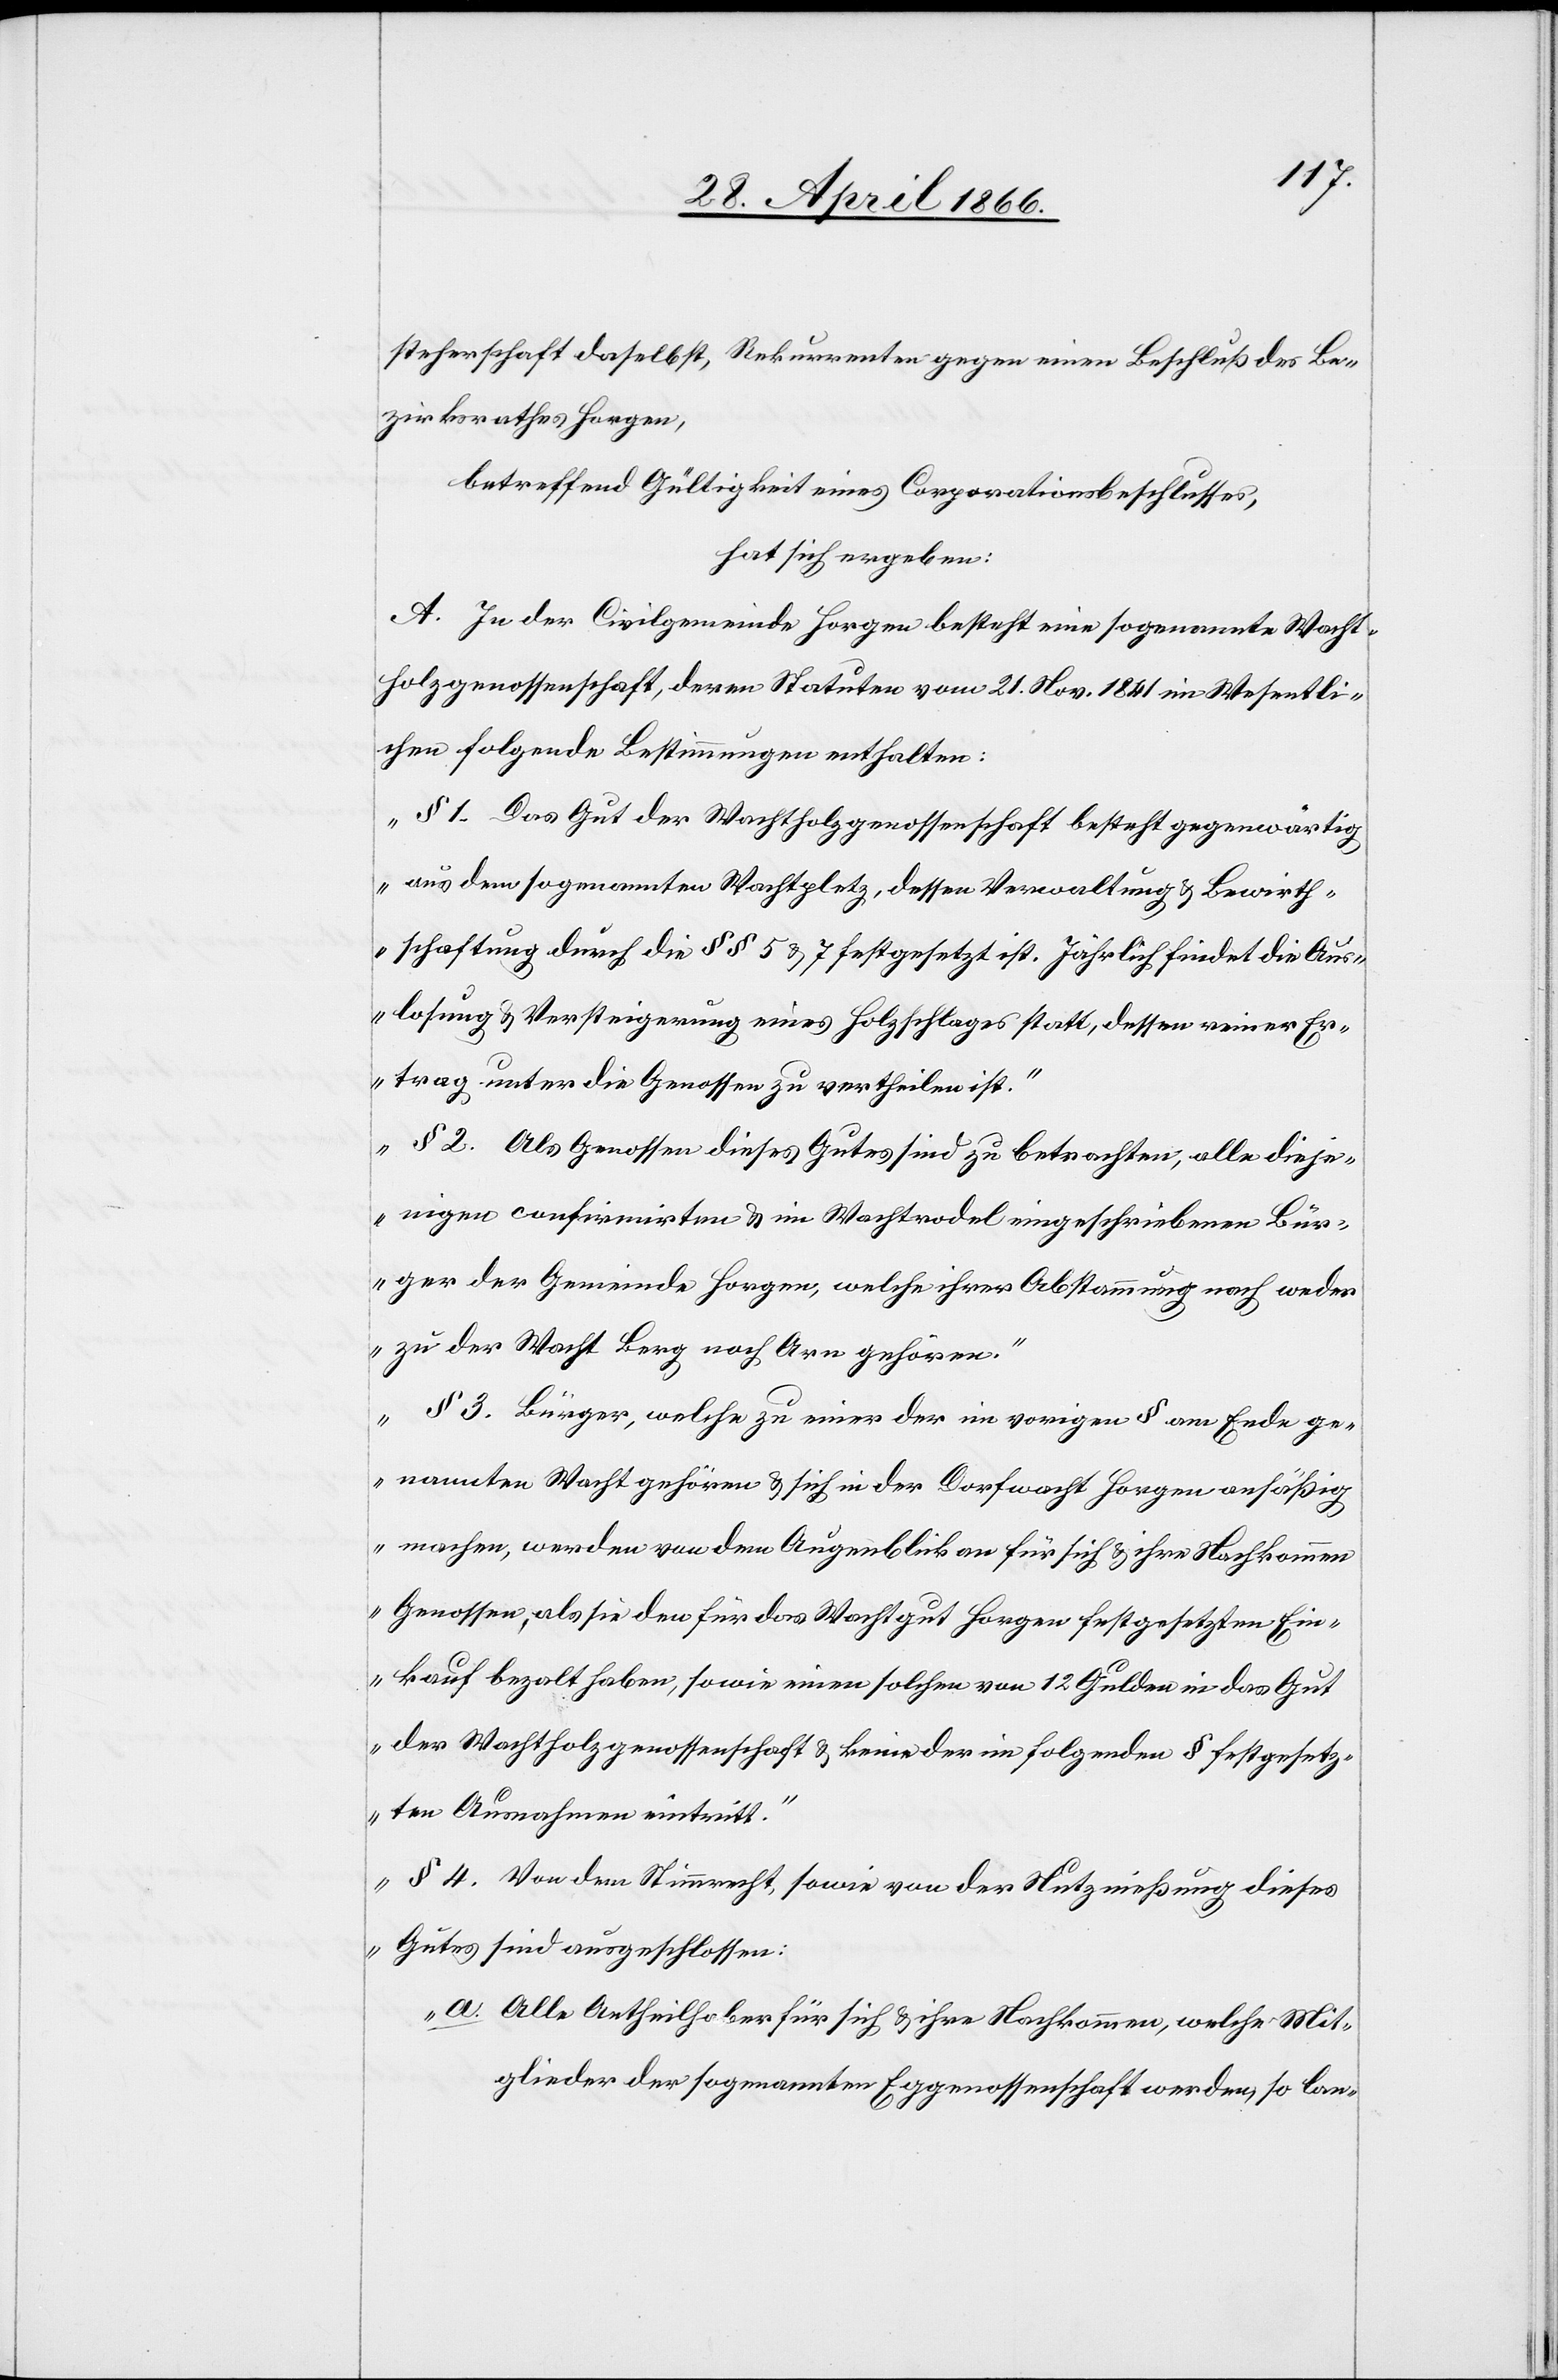
steherschaft daselbst, Rekurrenten gegen einen Beschluß des Be¬
zirksrathes Horgen,
betreffend Gültigkeit eines Corporationsbeschlusses,
hat sich ergeben:
A. In der Civilgemeinde Horgen besteht eine sogenannte Wacht¬
holzgenossenschaft, deren Statuten vom 21. Nov. 1861 im Wesentli¬
chen folgende Bestimmungen enthalten:
„§ 1. Das Gut der Wachtholzgenossenschaft besteht gegenwärtig
aus dem sogenannten Wachtholz, dessen Verwaltung u. Bewirth¬
schaftung durch die § § 5 u. 7 festgesetzt ist. Jährlich findet die Aus¬
losung u. Versteigerung eines Holzschlages statt, dessen reiner Er¬
trag unter die Genossen zu vertheilen ist.
§ 2 Als Genossen dieses Gutes sind zu betrachten: alle dieje¬
nigen confirmirten u. im Wachtrodel eingeschriebenen Bür¬
ger der Gemeinde Horgen, welche ihrer Abstimmung nach weder
zur der Wacht Berg noch Arn gehören.
§ 3. Bürger, welche zu einer der im vorigen § am Ende ge¬
nannten Wacht gehören u. sich in der Dorfwacht Horgen ansäßig
machen, werden von dem Augenblick an für sich u. ihre Nachkommen
Genossen, als sie den für das Wachtgut Horgen festgesetzten Ein¬
kauf bezahlt haben, sowie einen solchen von 12 Gulden in das Gut
der Wachtholzgenossenschaft u. keine der im folgenden § festgesetz¬
ten Ausnahmen eintritt.
§ 4 Von dem Stimmrecht, sowie von der Nutznießung dieses
Gutes sind ausgeschlossen:
a. Alle Antheilgeber für sich u. ihre Nachkommen, welche Mit¬
glieder der sogenannten Eggenossenschaft werden, so lan-